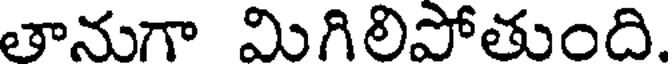
తానుగా మిగిలిపోతుంది.